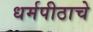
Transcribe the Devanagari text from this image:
धर्मपीठाचे